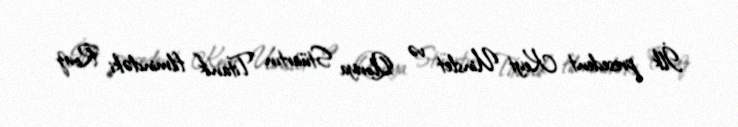
İlk presedent Keyt Uinslet və Qloriya Stüartın "Titanik" filmindəki Rouz